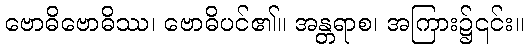
ဗောဓိဗောဓိဿ၊ ဗောဓိပင်၏။ အန္တရာစ၊ အကြား၌၎င်း။